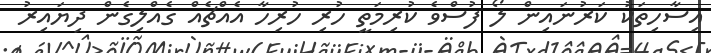
އިސާހިތަކު ކަރުނައިން ލޯ ފުސްވެ ކުރިމަތީ ހުރި ހުރިހާ އެއްޗެއް ގެއްލިގެން ދިޔައިރު